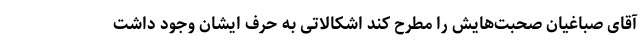
آقای صباغیان صحبت‌هایش را مطرح کند اشکالاتی به حرف ایشان وجود داشت